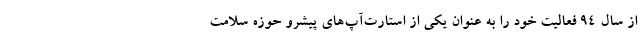
از سال ۹۴ فعالیت خود را به عنوان یکی از استارت‌آپ‌های پیشرو حوزه سلامت